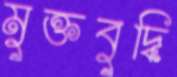
মুক্তবুদ্ধি